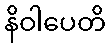
နိဝါပေတိ